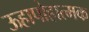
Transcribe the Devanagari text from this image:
ऊहापोहात्मक